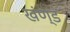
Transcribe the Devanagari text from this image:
खंण्ड